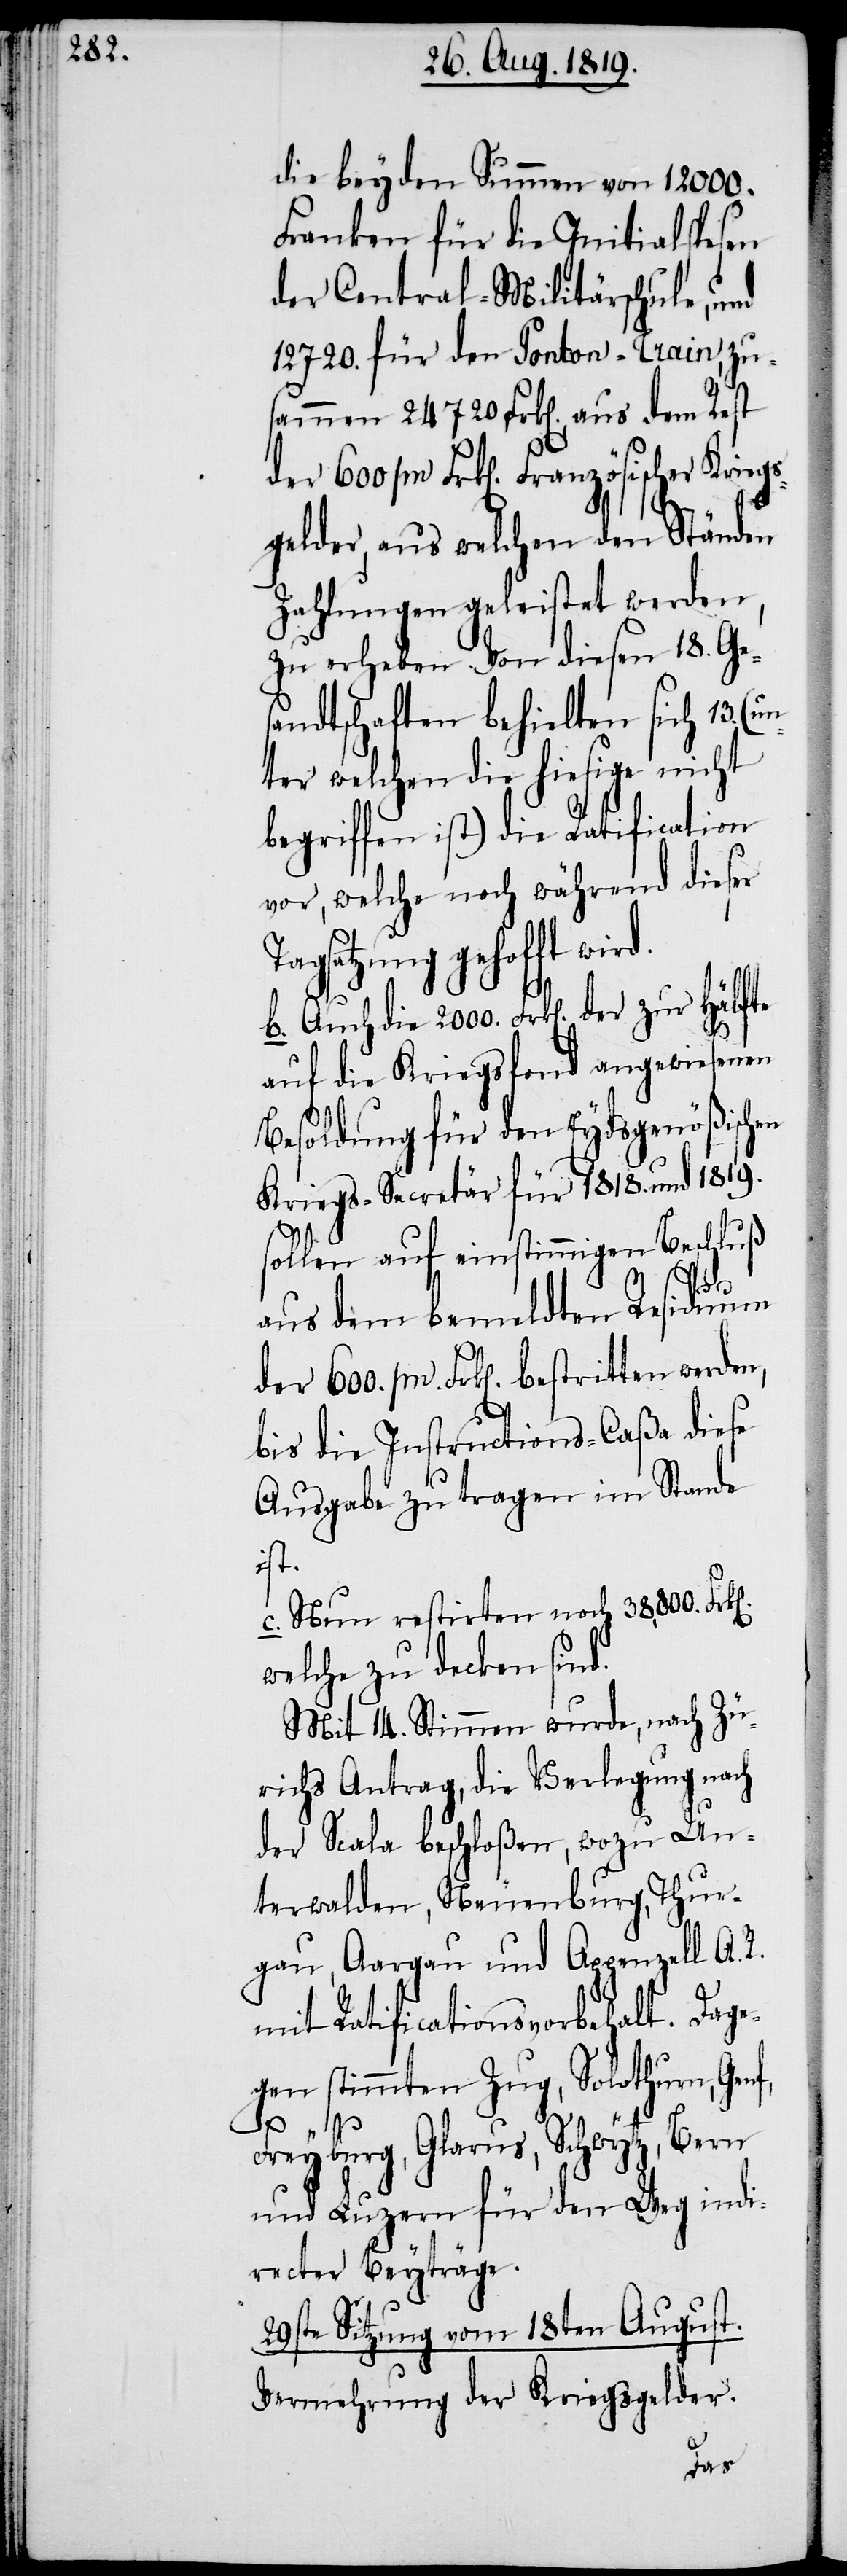
die beyden Summen von 12000.
Franken für die Initialspesen
der Central-Militärschule, und
12720. für den Ponton-Train, zu¬
sammen 24720. Frk[en]., aus dem Rest
der 600 /m Frk[en]. Französischer Kriegs¬
T¬
gelder, aus welchen den Ständen
Zahlungen geleistet werden,
zu erheben. Von diesen 18. Ges¬
andtschaften behielten sich 13.
ter welchen die hiesige nicht
begriffen ist) die Ratification
vor, welche noch während dieser
agsatzung gehofft wi¬
auf die Kriegsfond angewiesenen
Besoldung für den Eydsgenößischen
Kriegs-Secretär für 1818. und 1819.
sollen auf einstimmigen Beschluß
b.
aus dem bemeldten Residuum
/m. Frk[en]. bestritten werden,
bis die Instructions-Caßa diese
Ausgabe zu tragen im Stande
ist.
c. Nun restirten noch 38,800. Fr¬
welche zu decken sind.
Mit 14. Stimmen wurde, nach Zü¬
richs Antrag, die Verlegung nach
der Scala beschloßen, wozu Un¬
terwalden, Neuenburg, Thur¬
gau, Aargau und Appenzell A. R.
mit Ratificationsvorbehalt. Dag¬
egen stimmten Zug, Solothurn, Genf,
der
k[en].
Freyburg, Glarus, Schwytz, Bern
und Luzern für den Weg indi¬
recter Beyträge.
29ste Sitzung vom 18ten August.
Vermehrung der Kriegsgelder.